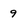
Character: 9